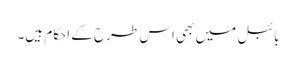
بائبل میں بھی اس طرح کے احکام ہیں۔